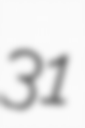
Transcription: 31